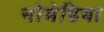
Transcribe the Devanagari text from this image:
नोमेडिया